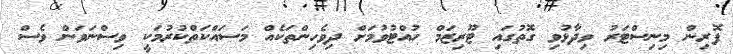
ފޮރިން މިނިސްޓަރު ވިދާޅުވި ގޮތުގައި ޓޫރިޒަމް ހުއްޓުވުމަށް ދިވެހިންތަކެއް މަސައްކަތްކުރުމަކީ ވިސްނަވަން ވެސް